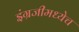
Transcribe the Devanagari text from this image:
इंग्रजीमध्येच